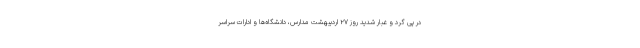
در پی گرد و غبار شدید روز ۲۷ اردیبهشت مدارس، دانشگاه‌ها و ادارات سراسر